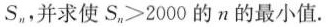
S_n，并求使S_n>2000的n的最小值.